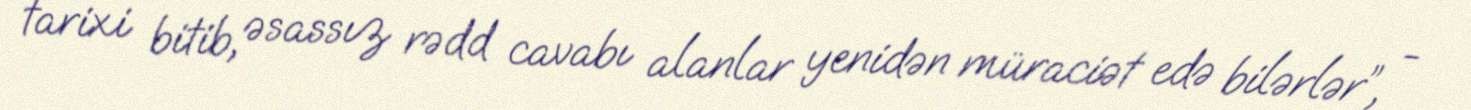
tarixi bitib, əsassız rədd cavabı alanlar yenidən müraciət edə bilərlər”, -